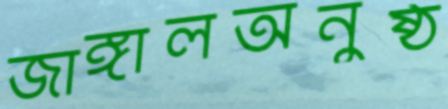
জাঙ্গালঅনুষ্ঠ